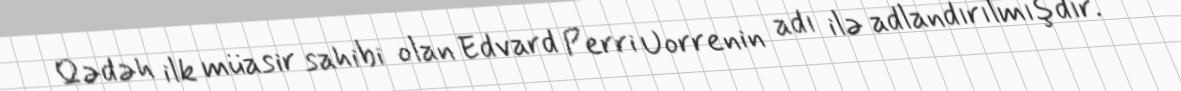
Qədəh ilk müasir sahibi olan Edvard Perri Uorrenin adı ilə adlandırılmışdır.